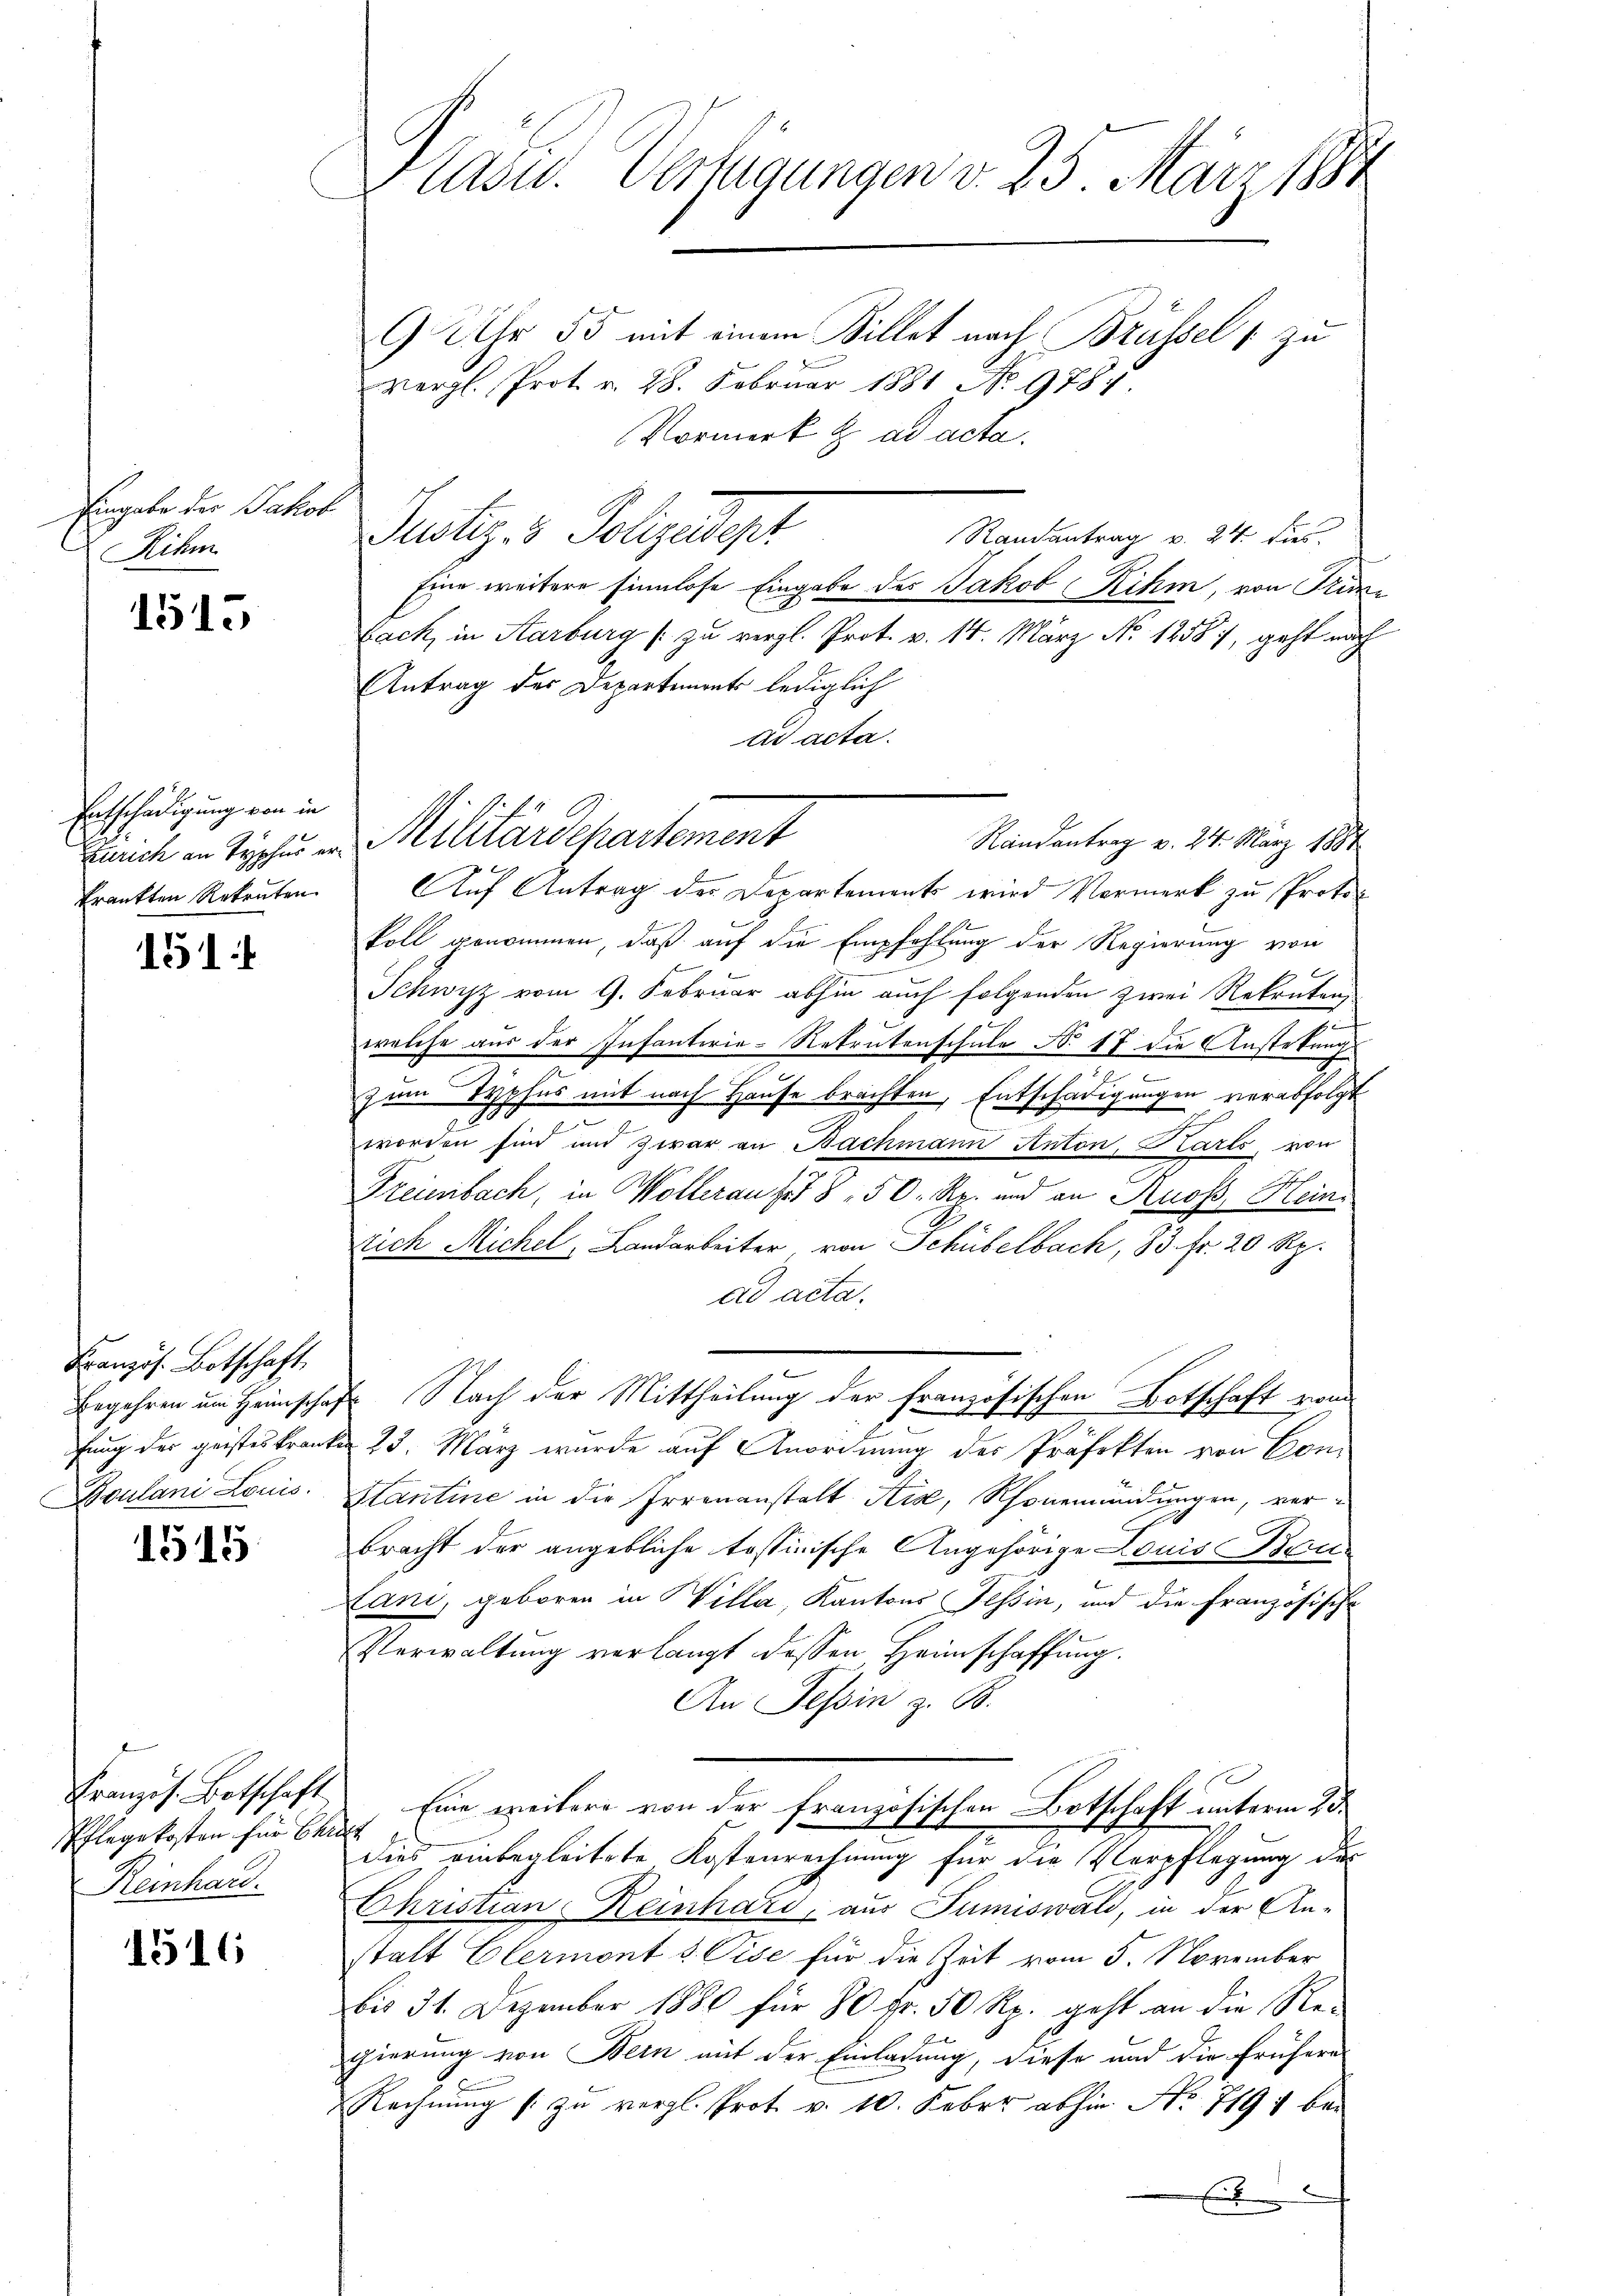
Eingabe der Jakob
Rihm

1515

Entschädigung von in

151

Französ. Botschaft
Boulani Louis.

1515

Pflegekosten für Christ
Reinhard.

1516

lasw. Verfügungen v. 25. März 1881
9 Uhr 55 mit einem Sillet nach Brüssel 1 zu
Vergl. Prot. v. 28. Februar 1881 No 978
Vormerk t ad acta.

Justiz- & Polizeident
Randantrag v. 24. dies
Eine weitere sinnlose Eingabe des Jakob Rihm, von Tri¬
Fach, in Karburg zu vergl. Prot. v. 14. März No. 1258), geht nach
Antrag des Departements lediglich
tr acta.
Randantrag v. 24. März 1884
frankten Retenten. Auf Antrag der Departements wird Vormerk zu Protokoll genommen, daß auf die Empfehlung der Regierung von
Schwyz vom 9. Februar abhin auch folgenden zwei Rekruten,
e
welche aus der Infanterie-Rekrutenschule No 17 die Anstekung
.
e
zum Typhus mit nach Hause brachten, Entschädigungen verabfolgt
J
worden sind und zwar an Bachmann Anton, Karls, von
i
Freienbach, in Wollerauf 8 50 Rp. und an Knos, Grein¬
Dich Michel, Landarbeiter von Schübelbach, 83. fr. 20 Rp.
ad acta.
Begehren um Heimschaft Nach der Mittheilung der Französischen Botschaft vom
fung der geisteskranken 23. März wurde auf Anordnung des Präfekten von Con¬
Hantine in die Irrenanstalt Sie, Rhonemündungen, verbracht der angebliche tessinische Angehörige Louis Berner-
Lani, geboren in Willa, Kantons Tessin, und die französische
Verwaltung verlangt dessen, Heimschaffung.
An Tessin z. B.
Kranzös. Botschaft Eine weitere von der französischen Botschaft unterm 23.
dies einbegleitete Kostenrechnung für die Verpflegung des
Christian Reinhard, aus Tumiswald, in der An-
statt Elermont u. Vise für die Zeit vom 5. November
bis 31. Dezember 1880 für 80 Fr. 50 Rp. geht an die Regierung von Bern mit der Einladung, diese und die frühere
Rechnung zu vergl. Prot. v. 10. Feber abhin No 719 bei

Zürich an Typhus er Militärdepartement